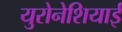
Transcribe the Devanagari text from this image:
युरोनेशियाई